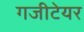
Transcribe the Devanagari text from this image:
गजीटेयर